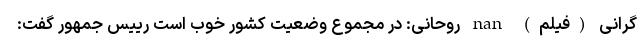
گرانی (فیلم) nan روحانی: در مجموع وضعیت کشور خوب است رییس جمهور گفت: